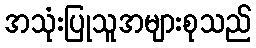
အသုံးပြုသူအများစုသည်